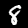
Label: 8